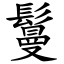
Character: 鬘